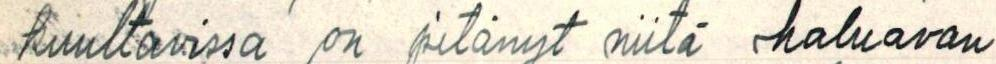
kuultavissa on pitänyt niitä haluavan